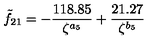
\tilde { f } _ { 2 1 } = - \frac { 1 1 8 . 8 5 } { \zeta ^ { a _ { 5 } } } + \frac { 2 1 . 2 7 } { \zeta ^ { b _ { 5 } } }